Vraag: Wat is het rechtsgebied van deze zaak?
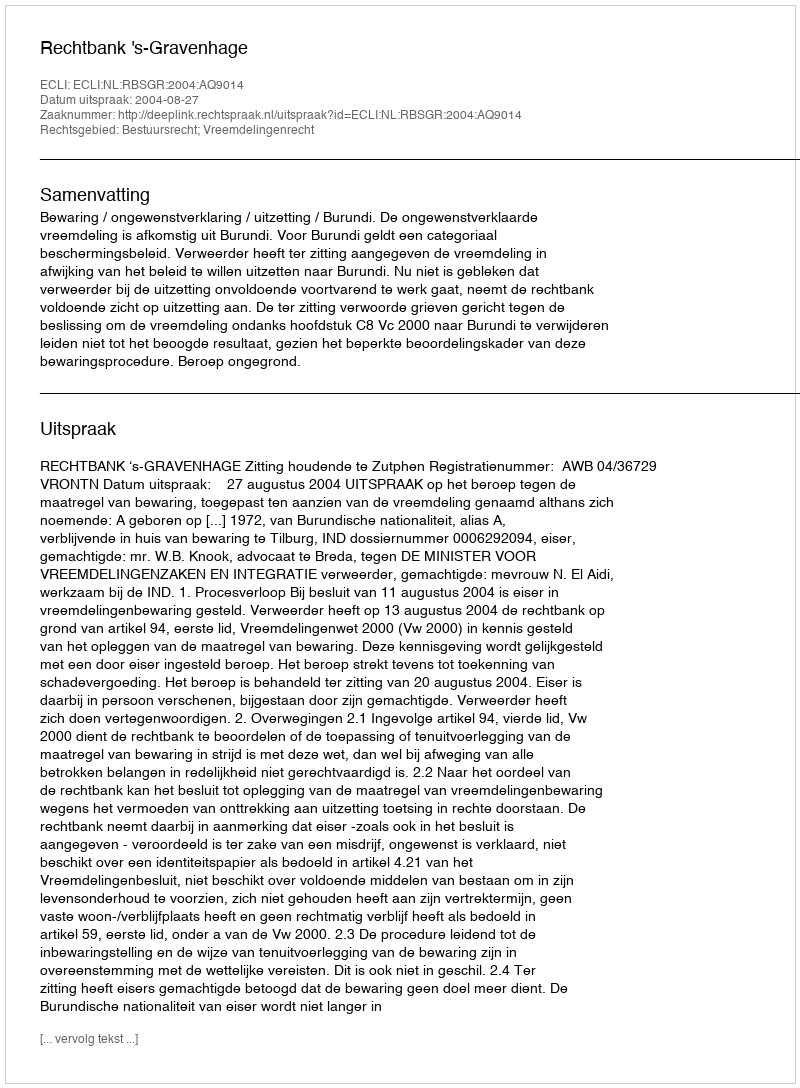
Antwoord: Bestuursrecht; Vreemdelingenrecht